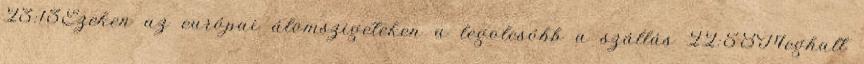
23:13Ezeken az európai álomszigeteken a legolcsóbb a szállás 22:58Meghalt